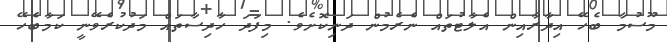
މޫސުމާ ބެހޭ އިދާރާއިން އެލާޓުތައް ނެރެމުން ދަނިކޮށެވެ. މިފަދަ ހާދިސާތައް މަދުކުރެވޭނީ ކަމާބެހޭ